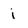
Character: i